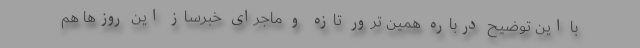
با این توضیح درباره همین ترور تازه و ماجرای خبرساز این ‌روزها هم